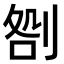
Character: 𠝪